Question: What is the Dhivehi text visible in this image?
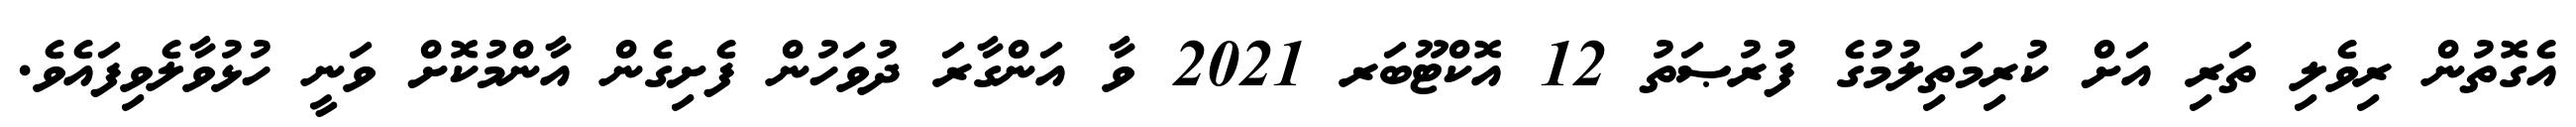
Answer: އެގޮތުން ރިވެލި ތަރި އަށް ކުރިމަތިލުމުގެ ފުރުޞަތު 12 އޮކްޓޫބަރ 2021 ވާ އަންގާރަ ދުވަހުން ފެށިގެން އާންމުކޮށް ވަނީ ހުޅުވާލެވިފައެވެ.